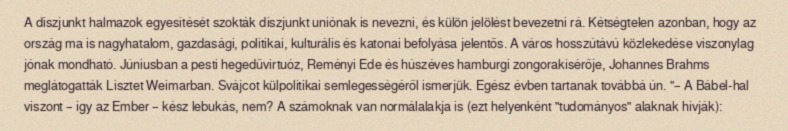
A diszjunkt halmazok egyesítését szokták diszjunkt uniónak is nevezni, és külön jelölést bevezetni rá. Kétségtelen azonban, hogy az ország ma is nagyhatalom, gazdasági, politikai, kulturális és katonai befolyása jelentős. A város hosszútávú közlekedése viszonylag jónak mondható. Júniusban a pesti hegedűvirtuóz, Reményi Ede és húszéves hamburgi zongorakísérője, Johannes Brahms meglátogatták Lisztet Weimarban. Svájcot külpolitikai semlegességéről ismerjük. Egész évben tartanak továbbá ún. "– A Bábel-hal viszont – így az Ember – kész lebukás, nem? A számoknak van normálalakja is (ezt helyenként "tudományos" alaknak hívják):